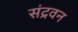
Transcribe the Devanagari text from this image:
संद्रवन